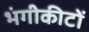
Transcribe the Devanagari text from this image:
भंगीकीटों